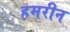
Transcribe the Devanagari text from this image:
हमरीन